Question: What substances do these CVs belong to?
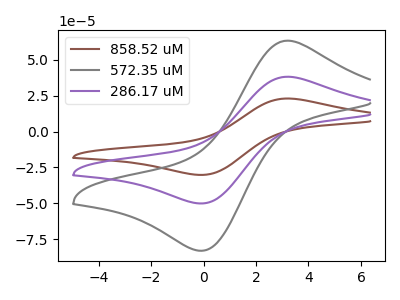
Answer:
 <answer>The brown curve is labeled "858.52 uM". The gray curve is labeled "572.35 uM". The purple curve is labeled "286.17 uM".</answer>
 <eval></eval>